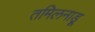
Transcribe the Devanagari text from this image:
तमिलनाड़ू